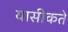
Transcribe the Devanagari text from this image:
यासीकते